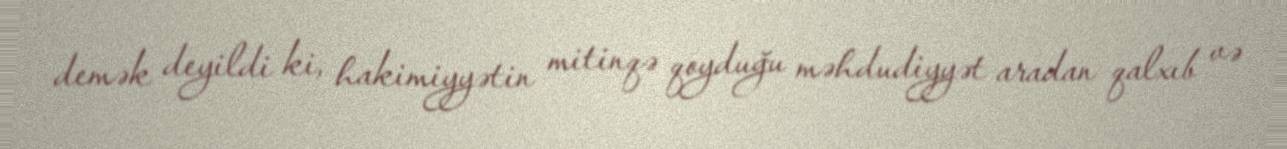
demək deyildi ki, hakimiyyətin mitinqə qoyduğu məhdudiyyət aradan qalxıb və